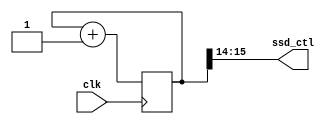
`timescale 1ns / 1ps
//////////////////////////////////////////////////////////////////////////////////
// Company: 
// Engineer: 
// 
// Design Name: 
// Module Name: make_ssd_ctl
// Project Name: 
// Target Devices: 
// Tool Versions: 
// Description: 
// 
// Dependencies: 
// 
// Revision:
// Revision 0.01 - File Created
// Additional Comments:
// 
//////////////////////////////////////////////////////////////////////////////////


module make_ssd_ctl(
    input clk,
   // input rst,
    output [1:0] ssd_ctl
    );
    
    reg [26:0] cnt;
    
    assign ssd_ctl = cnt[15:14];
    
    always@( posedge clk  )
        cnt <= cnt + 1'b1;
        
endmodule